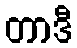
တာဒီ